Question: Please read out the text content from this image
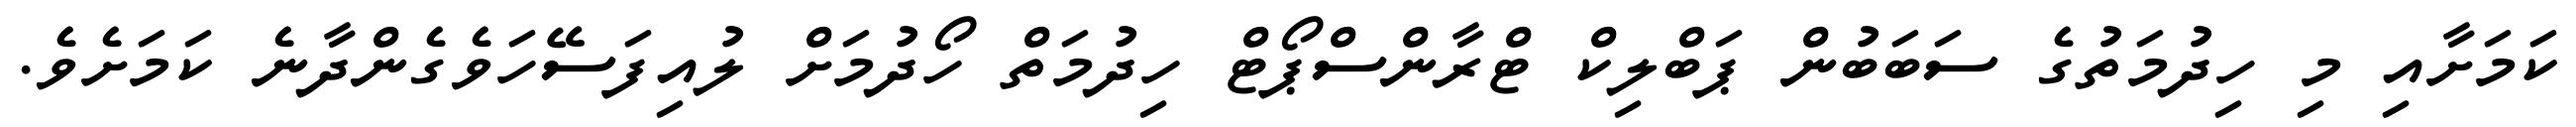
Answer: ކަމަށާއި މި ހިދުމަތުގެ ސަބަބުން ޕަބްލިކް ޓްރާންސްޕޯޓް ހިދުމަތް ހޯދުމަށް ލުއިފަސޭހަވެގެންދާނެ ކަމަށެވެ.